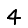
Digit: 4